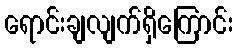
ရောင်းချလျက်ရှိကြောင်း